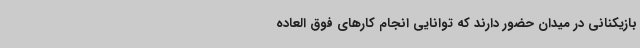
بازیکنانی در میدان حضور دارند که توانایی انجام کارهای فوق العاده